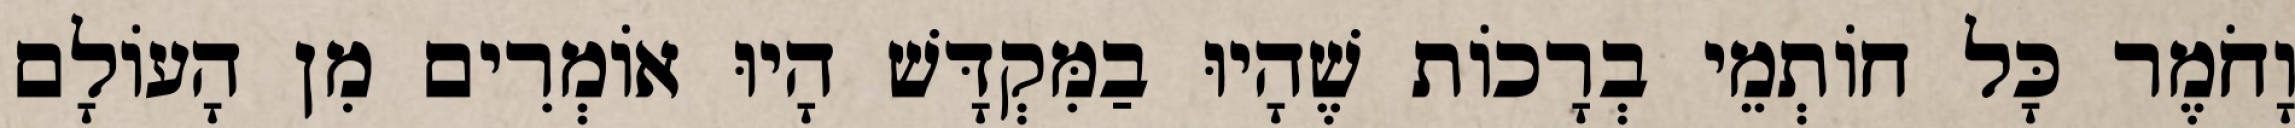
וָחֹמֶר כָּל חוֹתְמֵי בְרָכוֹת שֶׁהָיוּ בַמִּקְדָּשׁ הָיוּ אוֹמְרִים מִן הָעוֹלָם